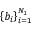
\left\{ b _ { i } \right\} _ { i = 1 } ^ { N _ { 1 } }